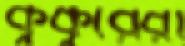
কুকুরেরা